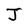
Character: J